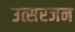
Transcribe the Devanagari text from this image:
उत्सरजन